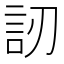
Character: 訒